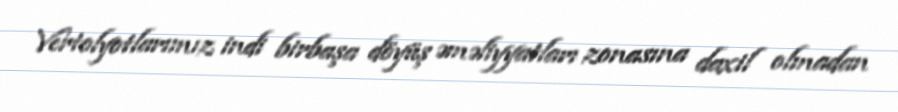
Vertolyotlarımız indi birbaşa döyüş əməliyyatları zonasına daxil olmadan